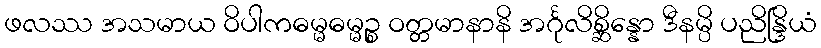
ဖလဿ အသမာယ ဝိပါကဓမ္မဓမ္မဉ္စ ဝတ္တမာနာနိ အင်္ဂုလိစ္ဆိန္နော ဒီနမ္ပိ ပညိန္ဒြိယံ